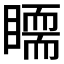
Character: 𥋃